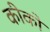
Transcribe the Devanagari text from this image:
कीको